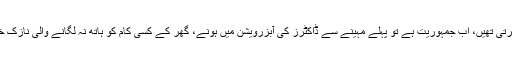
پہلے آٹھ، دس بچے پیدا کرنے والی مائیں بھی اسی نوے سال کی عمرتک اپنے کھیتوں میں کام کرتی تھیں، اب جمہوریت ہے تو پہلے مہینے سے ڈاکٹرز کی آبزرویشن میں ہونے، گھر کے کسی کام کو ہاتھ نہ لگانے والی نازک خواتین کے بچے پھر آپریشن سے ہورہے ہیں، کیا اسی دن کے لئے جمہوریت کو برداشت کیا تھا؟